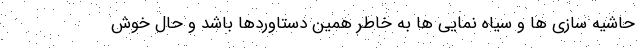
حاشیه سازی ها و سیاه نمایی ها به خاطر همین دستاوردها باشد و حال خوش